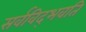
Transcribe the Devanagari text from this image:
सर्वविद्‍भवति